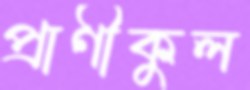
প্রাণীকুল